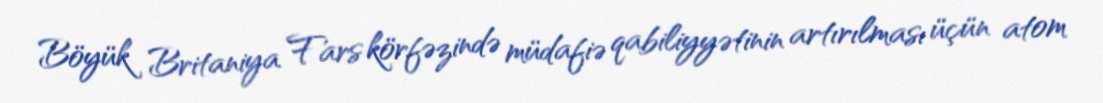
Böyük Britaniya Fars körfəzində müdafiə qabiliyyətinin artırılması üçün atom